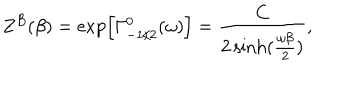
Z ^ { B } ( \beta ) = \exp \left[ \Gamma _ { - 1 / 2 } ^ { 0 } ( \omega ) \right] = { \frac { C } { 2 \sinh ( { \frac { \omega \beta } { 2 } } ) } } ,